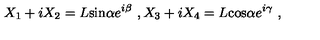
X _ { 1 } + i X _ { 2 } = L \mathrm { s i n } \alpha e ^ { i \beta } \ , X _ { 3 } + i X _ { 4 } = L \mathrm { c o s } \alpha e ^ { i \gamma } \ ,